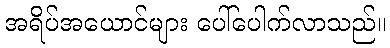
အရိပ်အယောင်များ ပေါ်ပေါက်လာသည်။